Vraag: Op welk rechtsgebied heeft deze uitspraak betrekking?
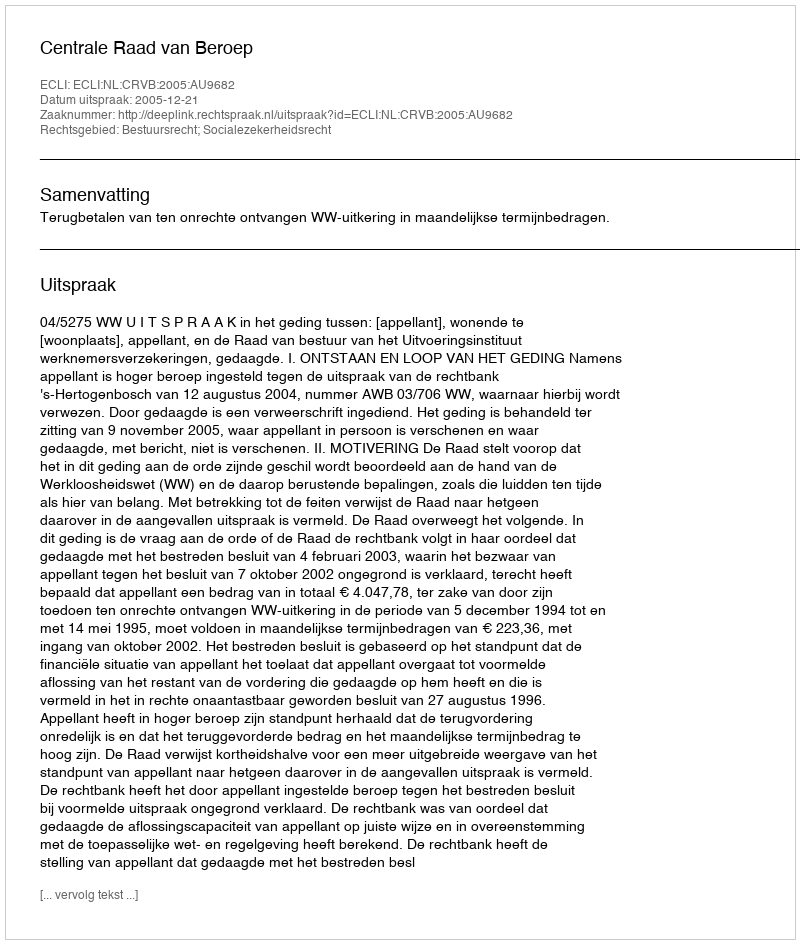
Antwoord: Bestuursrecht; Socialezekerheidsrecht